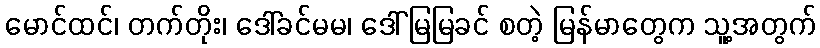
မောင်ထင်၊ တက်တိုး၊ ဒေါ်ခင်မမ၊ ဒေါ်မြမြခင် စတဲ့ မြန်မာတွေက သူ့အတွက်